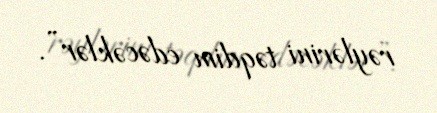
rəylərini təqdim edəcəklər”.